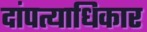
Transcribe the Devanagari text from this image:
दांपत्याधिकार